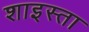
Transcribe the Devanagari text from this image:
शाइस्‍ता